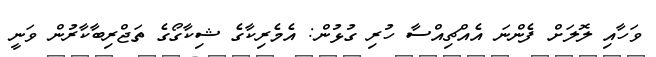
ވަހާއި ލޮލަށް ފެންނަ އެއްޗިއްސާ ހުރި ގުޅުން: އެމެރިކާގެ ޝިކާގޯގެ ތަޖްރިބާކާރުން ވަނީ